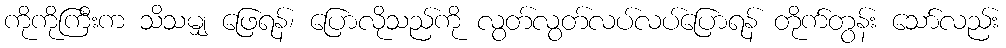
ကိုကိုကြီးက သိသမျှ ဖြေရန်၊ ပြောလိုသည်ကို လွတ်လွတ်လပ်လပ်ပြောရန် တိုက်တွန်း သော်လည်း